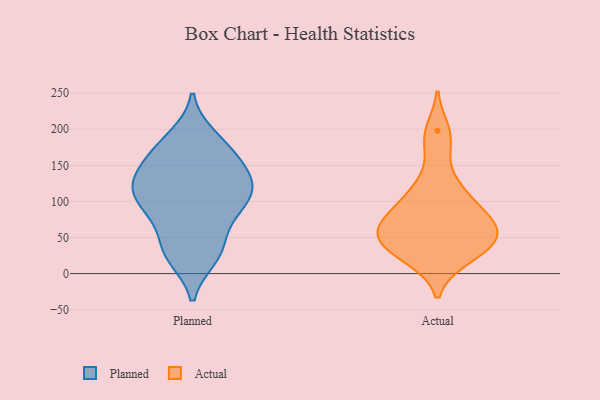
{"axis": {"x": "Satisfaction Score", "y": "Value"}, "legend": ["Actual", "Planned"], "data": [{"x": "", "y": 72, "type": "Planned"}, {"x": "", "y": 112, "type": "Planned"}, {"x": "", "y": 78, "type": "Planned"}, {"x": "", "y": 93, "type": "Planned"}, {"x": "", "y": 36, "type": "Planned"}, {"x": "", "y": 25, "type": "Planned"}, {"x": "", "y": 33, "type": "Planned"}, {"x": "", "y": 128, "type": "Planned"}, {"x": "", "y": 164, "type": "Planned"}, {"x": "", "y": 118, "type": "Planned"}, {"x": "", "y": 104, "type": "Planned"}, {"x": "", "y": 100, "type": "Planned"}, {"x": "", "y": 189, "type": "Planned"}, {"x": "", "y": 184, "type": "Planned"}, {"x": "", "y": 23, "type": "Planned"}, {"x": "", "y": 123, "type": "Planned"}, {"x": "", "y": 163, "type": "Planned"}, {"x": "", "y": 138, "type": "Planned"}, {"x": "", "y": 129, "type": "Planned"}, {"x": "", "y": 161, "type": "Planned"}, {"x": "", "y": 129, "type": "Actual"}, {"x": "", "y": 48, "type": "Actual"}, {"x": "", "y": 81, "type": "Actual"}, {"x": "", "y": 50, "type": "Actual"}, {"x": "", "y": 21, "type": "Actual"}, {"x": "", "y": 110, "type": "Actual"}, {"x": "", "y": 54, "type": "Actual"}, {"x": "", "y": 77, "type": "Actual"}, {"x": "", "y": 180, "type": "Actual"}, {"x": "", "y": 71, "type": "Actual"}, {"x": "", "y": 101, "type": "Actual"}, {"x": "", "y": 36, "type": "Actual"}, {"x": "", "y": 22, "type": "Actual"}, {"x": "", "y": 198, "type": "Actual"}, {"x": "", "y": 43, "type": "Actual"}, {"x": "", "y": 66, "type": "Actual"}]}